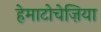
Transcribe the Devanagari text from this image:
हेमाटोचेज़िया